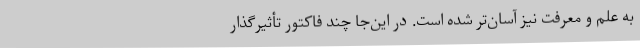
به علم و معرفت نیز آسان‌تر شده است. در این‌جا چند فاکتور تأثیرگذار